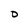
Character: D